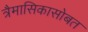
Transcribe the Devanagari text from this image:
त्रैमासिकासोबत